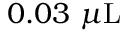
0 . 0 3 ~ \mu \mathrm { L }